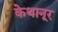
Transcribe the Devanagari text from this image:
केथानूर